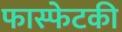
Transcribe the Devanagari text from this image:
फास्फेटकी